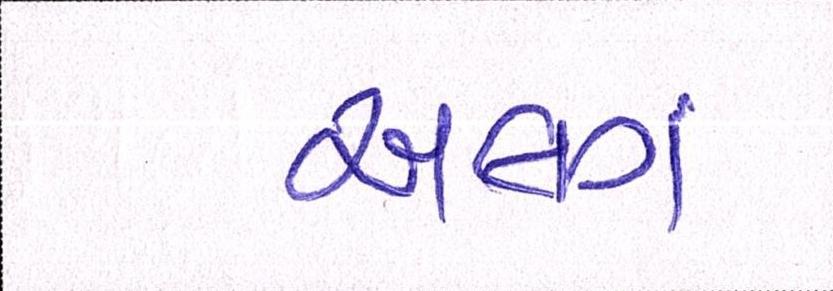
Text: અલગં